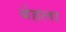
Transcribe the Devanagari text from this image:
बेहला